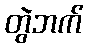
တွဲဘက်